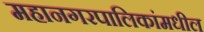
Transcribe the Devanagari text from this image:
महानगरपालिकांमधील